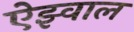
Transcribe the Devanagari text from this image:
ऐझ्वाल